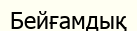
Бейғамдық